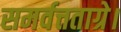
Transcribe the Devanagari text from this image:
समर्वत्तताग्रे।